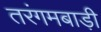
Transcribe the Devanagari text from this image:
तरंगमबाड़ी